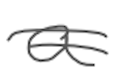
Text: a
Cross-out: double-line
Writing tool: digital_gray